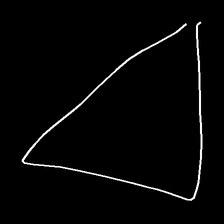
Glyph: convergence